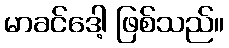
မာခင်ဒေါ့ ဖြစ်သည်။